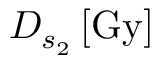
D _ { s _ { 2 } } \, [ \mathrm { G y } ]